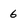
Character: 6